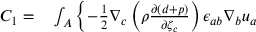
\begin{array} { r l } { C _ { 1 } = } & { { } \int _ { A } \left\{ - \frac { 1 } { 2 } \nabla _ { c } \left( \rho \frac { \partial ( d + p ) } { \partial { \zeta } _ { c } } \right) \epsilon _ { a b } \nabla _ { b } { u } _ { a } \right. } \end{array}